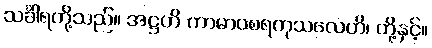
သင်္ခါရတို့သည်။ အဋ္ဌဟိ ကာမာဝစရကုသလေဟိ၊ တို့နှင့်။